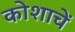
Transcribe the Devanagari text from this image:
कोशाचें